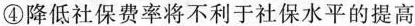
④降低社保费率将不利于社保水平的提高